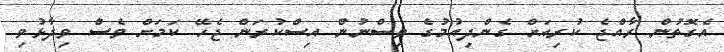
އެގޮތުން ރާއްޖެ ކުރިއަށް ގެންދިއުމުގެ ވިސްނުން އިސްކުރަން ޖެހޭ ކަމަށް ވެސް ވިދާޅުވި